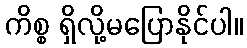
ကိစ္စ ရှိလို့မပြောနိုင်ပါ။